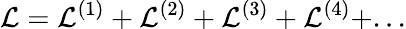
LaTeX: {\cal L}={\cal L}^{(1)}+{\cal L}^{(2)}+{\cal L}^{(3)}+{\cal L}^{(4)}+...